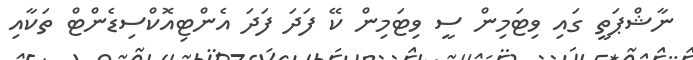
ނާޝްޕަތީ ގައި ވިޓަމިން ސީ ވިޓަމިން ކޭ ފަދަ ފަދަ އެންޓިއޮކްސިޑެންޓް ތަކާއި